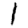
Digit: 1